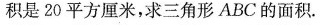
积是20平方厘米，求三角形ABC的面积。